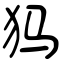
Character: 犸